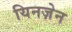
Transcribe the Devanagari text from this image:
यिनज़ेन